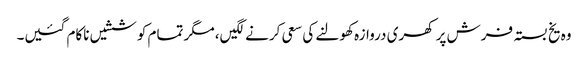
وہ یخ بستہ فرش پر کھری دروازہ کھولنے کی سعی کرنے لگیں، مگر تمام کوششیں ناکام گئیں۔